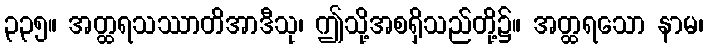
၃၃၅။ အတ္ထရသဿာတိအာဒီသု၊ ဤသို့အစရှိသည်တို့၌။ အတ္ထရသော နာမ၊